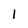
Character: l